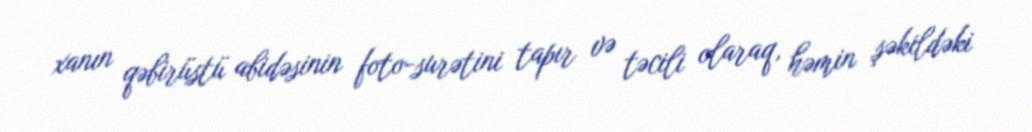
xanın qəbirüstü abidəsinin foto-surətini tapır və təcili olaraq, həmin şəkildəki